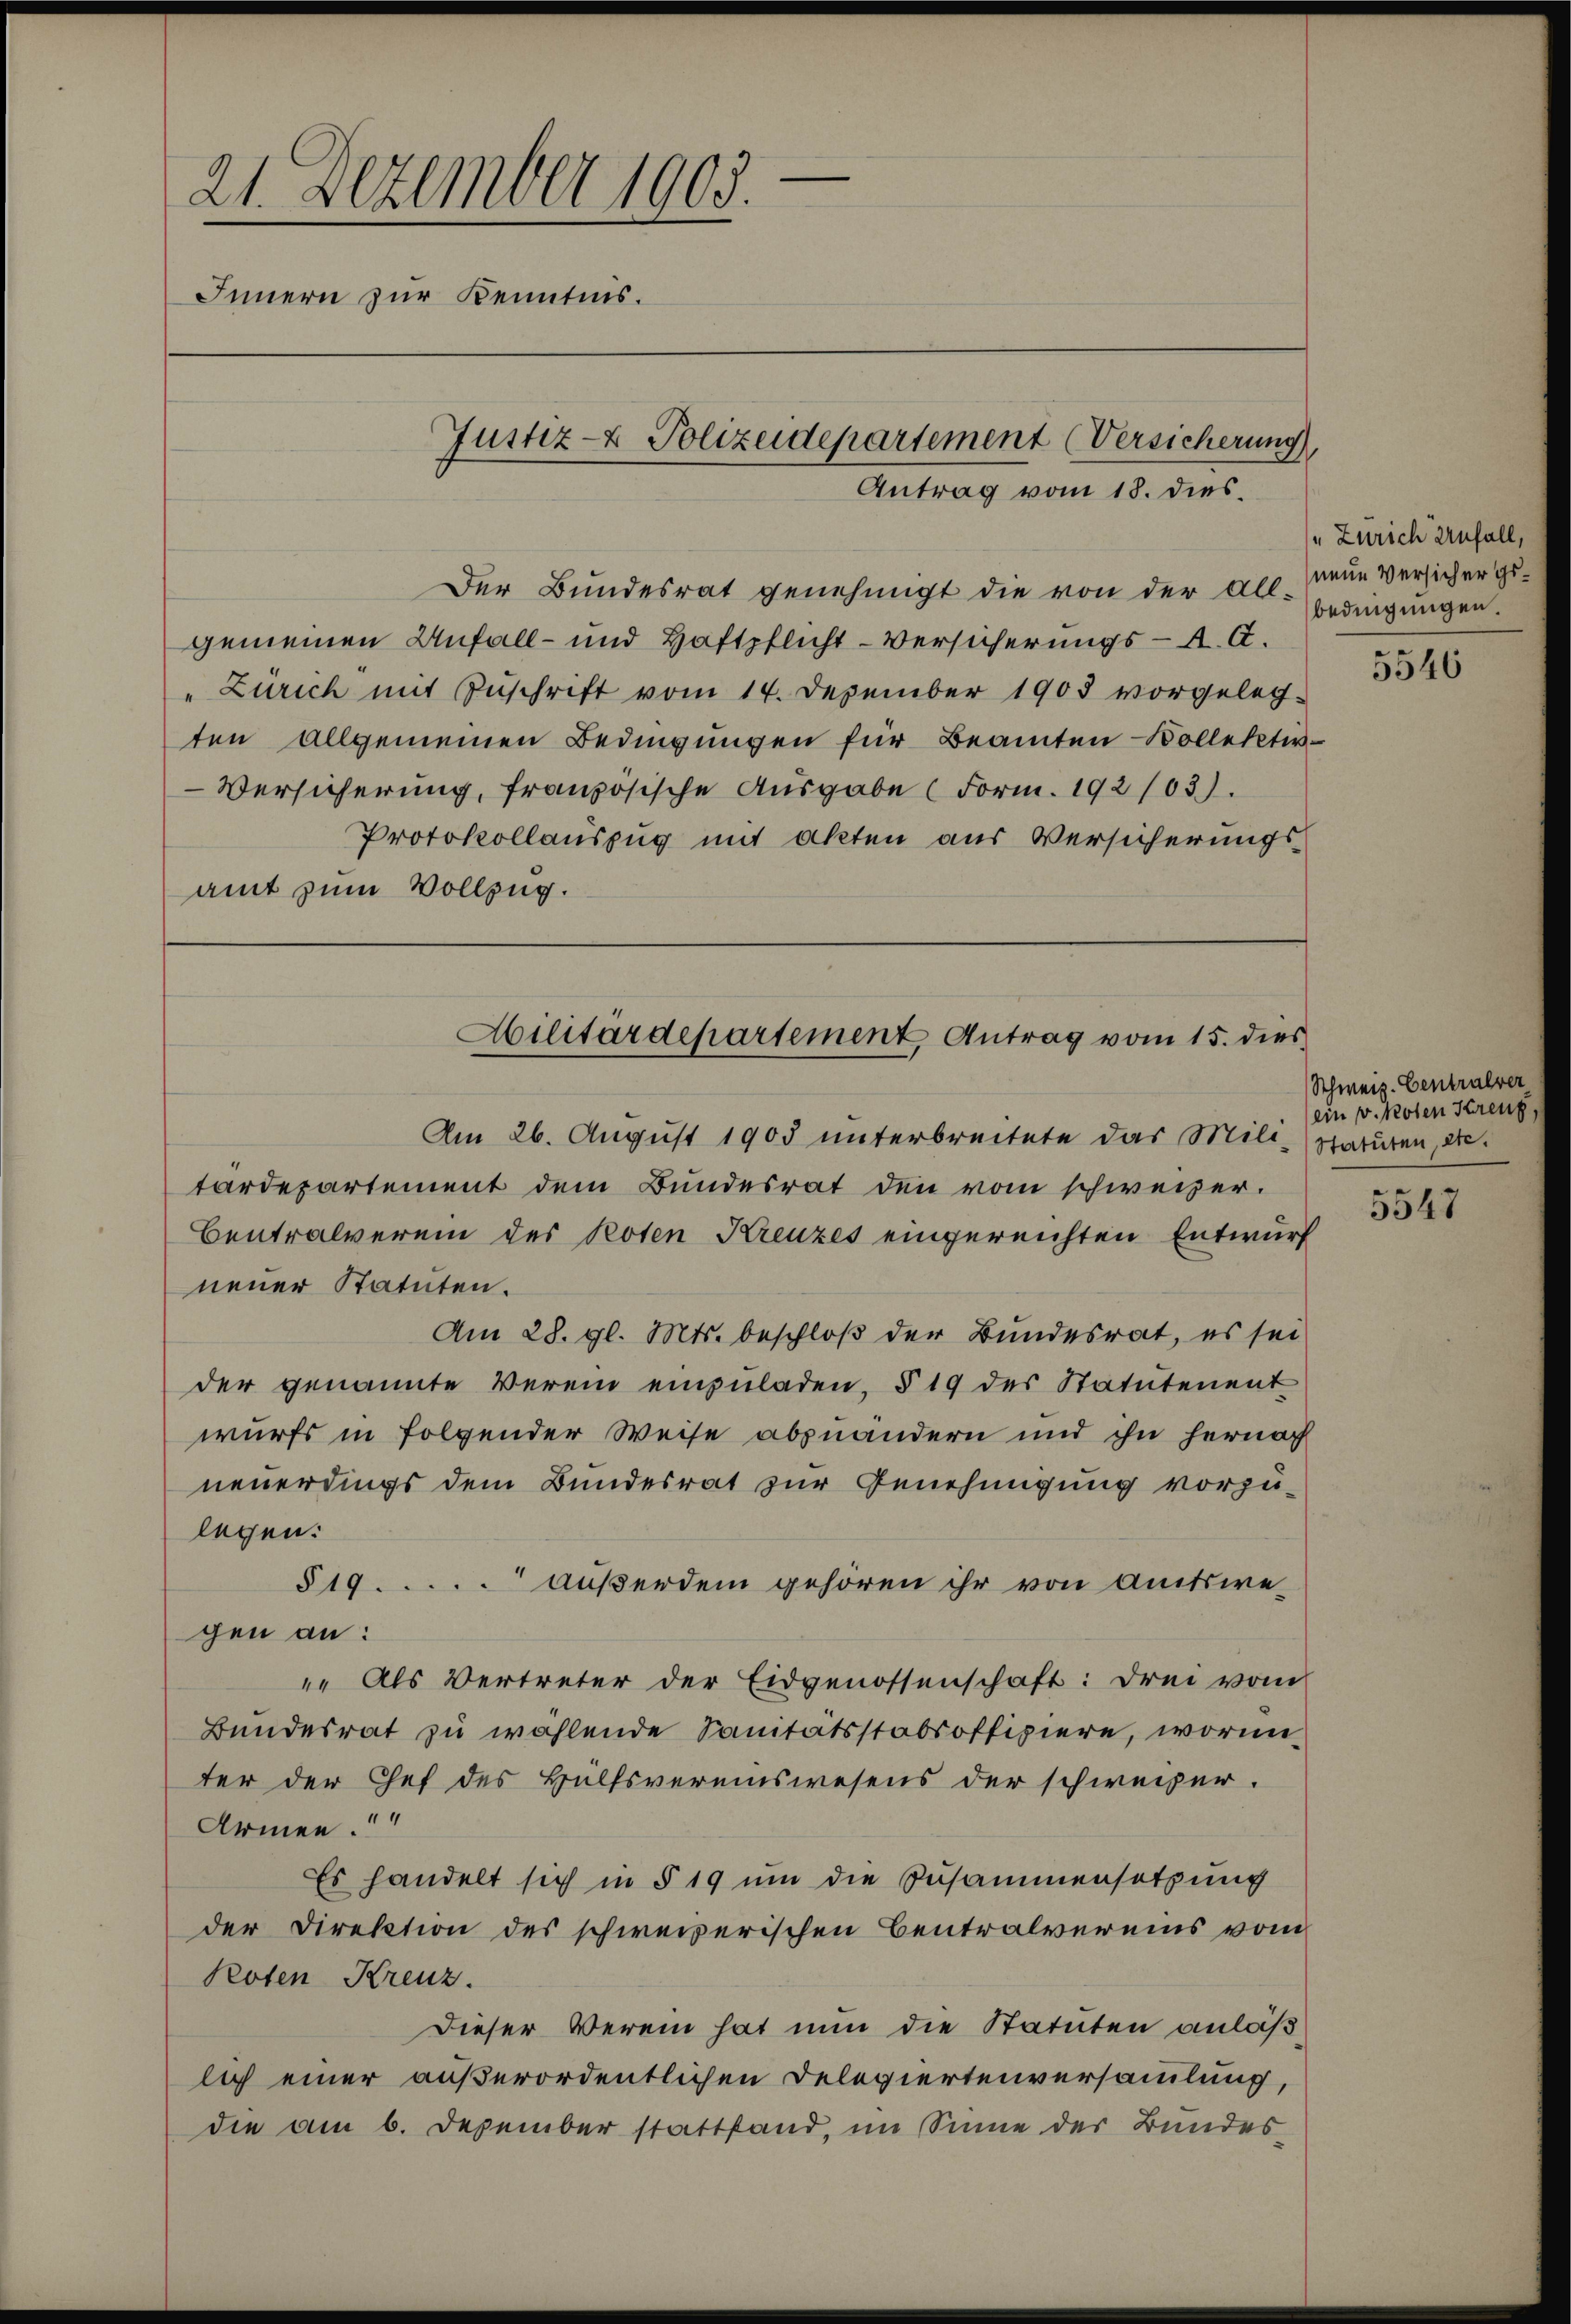
21. Dezember 1903.
Innern zur Kenntnis.
Justiz- & Polizeidepartement (Versicherung
Antrag vom 18. dies

Der Bundesrat genehmigt die von der acc. neue Versicher gegemeinen Unfall- und Haftpflicht - Versicherungs- A. A.
" Zürich mit Zuschrift vom 14. Dezember 1903 vorgeleg-
ten allgemeinen Bedingungen für Beamten Bollekti¬
Versicherung, französische Ausgabe (Form. 192/03).
Protokollauszug mit akten aus Versicherungsamt zum Vollzug.

Militärdepartement Antrag vom 15. dies

Am 26. August 1905 unterbreitete das Mili-Statuten, die
tärdepartement dem Bundesrat den vom schweizer.
Centralverein des Poten Kreuzes eingereichten Entwurf
neuer Statuten.
Am 28. gl. Mts. beschloß der Bundesrat, es sei
der genannte Verein einzŭladen, § 19 des Statutenent
wurfs in folgender Weise abzuändern und ihn hernach
neuerdings dem Bundesrat zur Genehmigung vorzulegen:
519. außerdem gehören ihr von Amtswegen an:
" Als Vertreter der Eidgenossenschaft: Drei vom
Bundesrat zu wählende Sanitätsstabsoffiziere, worinter der Chef des Hülfsvereinswesens der schweizer.
Armen.
Es handelt sich in § 19 um die Zusammensatzung
der Direktion des schweizerischen Centralvereins vom
Roten Kreuz.
Dieser Verein hat nun die Statuten anläß
lich einer außerordentlichen Delegiertenversammlung,
die am 6. Dezember stattfand, im Sinne der Bundes

" Zürich Unfall,
bedingungen.

5546

Schweiz. Centralver
ein v. Roten Kreuz,

5547